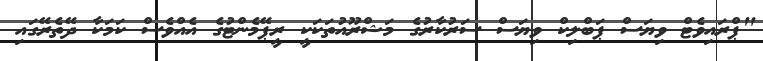
"ޕްރައިވެޓް ވިޔަސް ޕަބްލިކް ވިޔަސް ސަރުކާރުގެ މަޝްރޫއުތަކަކީ ރީޕޭމެންޓުގެ އެއްވެސް ކަމަކާ ދޭތެރޭގައި